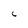
Character: C